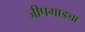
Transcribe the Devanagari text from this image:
जीपगाड्या